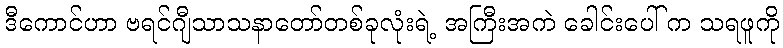
ဒီကောင်ဟာ ဗရင်ဂျီသာသနာတော်တစ်ခုလုံးရဲ့ အကြီးအကဲ ခေါင်းပေါ် က သရဖူကို